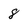
Character: 8